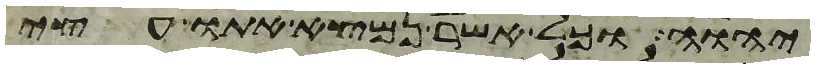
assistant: יהוה וכל אשר נמצא אתו עצי